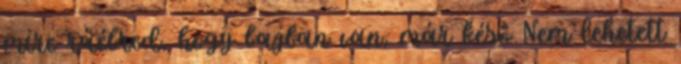
mire ráébred, hogy bajban van, már késő Nem lehetett